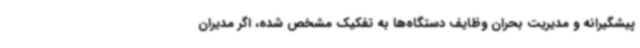
پیشگیرانه و مدیریت بحران وظایف دستگاه‌ها به تفکیک مشخص شده، اگر مدیران